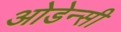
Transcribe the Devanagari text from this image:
ओडेन्सी